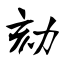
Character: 劾